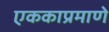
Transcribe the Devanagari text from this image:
एककाप्रमाणे